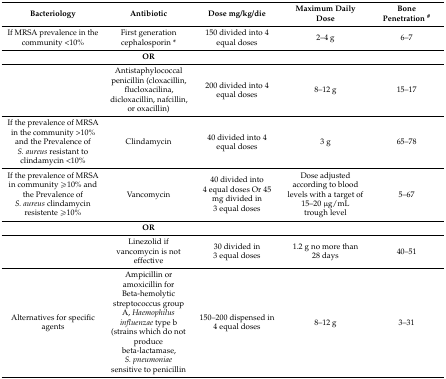
<table><thead><tr><td><b>Bacteriology</b></td><td><b>Antibiotic</b></td><td><b>Dose mg/kg/die</b></td><td><b>Maximum Daily Dose</b></td><td><b>Bone Penetration <sup>#</sup></b></td></tr></thead><tbody><tr><td>If MRSA prevalence in the community &lt;10%</td><td>First generation cephalosporin *</td><td>150 divided into 4 equal doses</td><td>2–4 g</td><td>6–7</td></tr><tr><td></td><td><b>OR</b></td><td></td><td></td><td></td></tr><tr><td></td><td>Antistaphylococcal penicillin (cloxacillin, flucloxacilina, dicloxacillin, nafcillin, or oxacillin)</td><td>200 divided into 4 equal doses</td><td>8–12 g</td><td>15–17</td></tr><tr><td>If the prevalence of MRSA in the community &gt;10% and the Prevalence of <i>S. aureus</i> resistant to clindamycin &lt;10%</td><td>Clindamycin</td><td>40 divided into 4 equal doses</td><td>3 g</td><td>65–78</td></tr><tr><td>If the prevalence of MRSA in community ≥10% and the Prevalence of <i>S. aureus</i> clindamycin resistente ≥10%</td><td>Vancomycin</td><td>40 divided into 4 equal doses Or 45 mg divided in 3 equal doses</td><td>Dose adjusted according to blood levels with a target of 15–20 μg/mL trough level</td><td>5–67</td></tr><tr><td></td><td><b>OR</b></td><td></td><td></td><td></td></tr><tr><td></td><td>Linezolid if vancomycin is not effective</td><td>30 divided in 3 equal doses</td><td>1.2 g no more than 28 days</td><td>40–51</td></tr><tr><td>Alternatives for specific agents</td><td>Ampicillin or amoxicillin for Beta-hemolytic streptococcus group A, <i>Haemophilus influenzae</i> type b (strains which do not produce beta-lactamase, <i>S. pneumoniae</i> sensitive to penicillin</td><td>150–200 dispensed in 4 equal doses</td><td>8–12 g</td><td>3–31</td></tr></tbody></table>